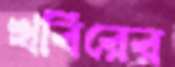
খবিরের